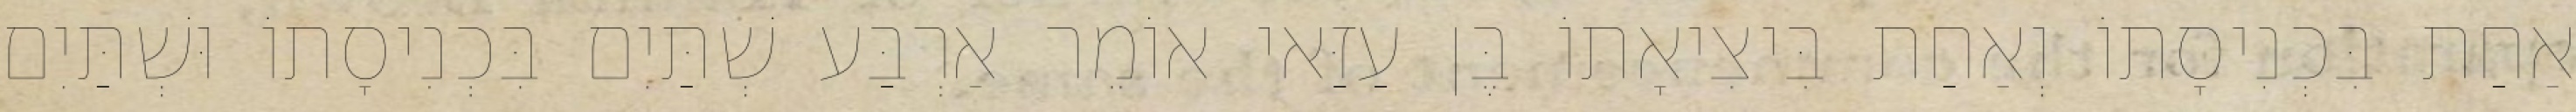
אַחַת בִּכְנִיסָתוֹ וְאַחַת בִּיצִיאָתוֹ בֶּן עַזַּאי אוֹמֵר אַרְבַּע שְׁתַּיִם בִּכְנִיסָתוֹ וּשְׁתַּיִם